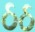
ઠઠ